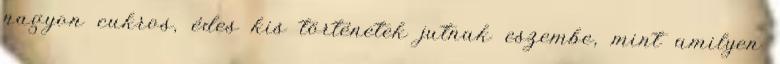
nagyon cukros, édes kis történetek jutnak eszembe, mint amilyen